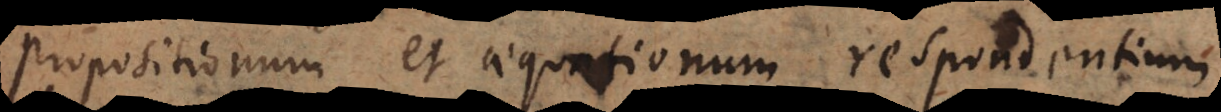
propositionum et aequationum respondenti